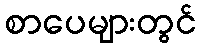
စာပေများတွင်